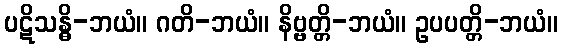
ပဋိသန္ဓိ-ဘယံ။ ဂတိ-ဘယံ။ နိဗ္ဗတ္တိ-ဘယံ။ ဥပပတ္တိ-ဘယံ။